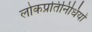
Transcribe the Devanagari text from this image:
लोकप्रतिनिधियों